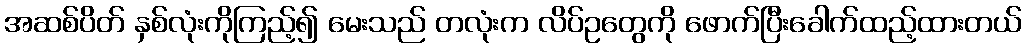
အဆစ်ပိတ် နှစ်လုံးကိုကြည့်၍ မေးသည် တလုံးက လိပ်ဥတွေကို ဖောက်ပြီးခေါက်ထည့်ထားတယ်